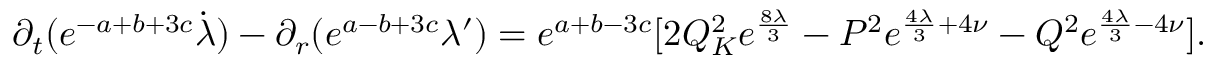
\partial _ { t } ( e ^ { - a + b + 3 c } \dot { \lambda } ) - \partial _ { r } ( e ^ { a - b + 3 c } \lambda ^ { \prime } ) = e ^ { a + b - 3 c } [ 2 Q _ { K } ^ { 2 } e ^ { \frac { 8 \lambda } { 3 } } - P ^ { 2 } e ^ { \frac { 4 \lambda } { 3 } + 4 \nu } - Q ^ { 2 } e ^ { \frac { 4 \lambda } { 3 } - 4 \nu } ] .